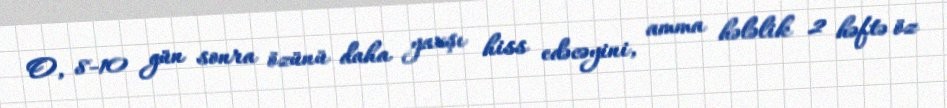
O, 8-10 gün sonra özünü daha yaxşı hiss edəcəyini, amma hələlik 2 həftə öz